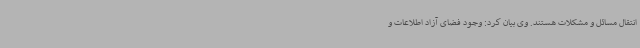
انتقال مسائل و مشکلات هستند. وی بیان کرد: وجود فضای آزاد اطلاعات و